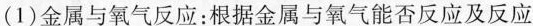
(1)金属与氧气反应：根据金属与氧气能否反应及反应